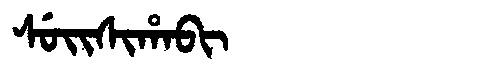
Manchu: ᠰᡠᡳᠰᡳᡥᠠᠪᡳ
Romanization: SUISIHABI